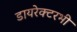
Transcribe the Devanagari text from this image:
डायरेक्टरभी